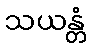
သယန္တံ